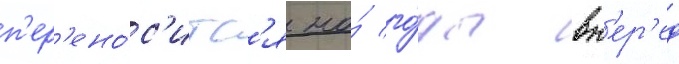
п'ер'ено́с'итс'я на́ го́ды вп'ер'ед